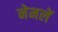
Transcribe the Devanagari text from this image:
नेमलें